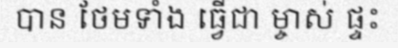
បាន ថែមទាំង ធ្វើជា ម្ចាស់ ផ្ទះ